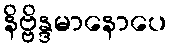
နိဗ္ဗိန္ဒမာနောပေ